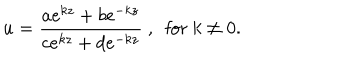
LaTeX: u = \frac { a e ^ { k z } + b e ^ { - k z } } { c e ^ { k z } + d e ^ { - k z } } ~ , ~ \mathrm { ~ f o r ~ } k \neq 0 .